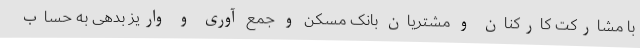
با مشارکت کارکنان و مشتریان بانک مسکن و جمع آوری و واریز بدهی به حساب